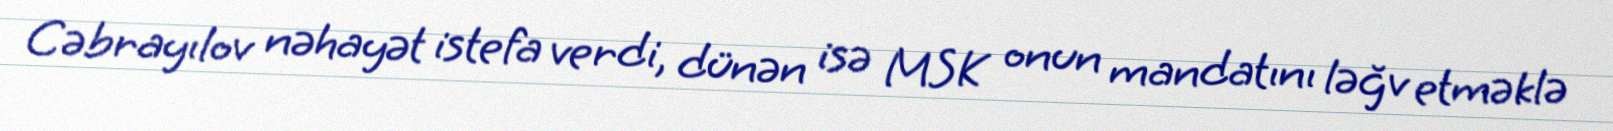
Cəbrayılov nəhayət istefa verdi, dünən isə MSK onun mandatını ləğv etməklə